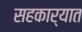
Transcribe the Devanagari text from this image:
सहकार्यात